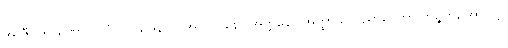
အာဇီဝကာရဏာ သူပံ ဝါ ဩဒနံ ဝါ အဂိလာနော အတ္တနော အတ္ထာယ ဝိညာပေတွာ ဘုဉ္ဇတိ, အာပတ္တိ